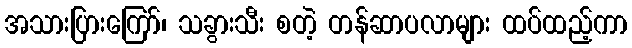
အသားပြားကြော်၊ သခွားသီး စတဲ့ တန်ဆာပလာများ ထပ်ထည့်ကာ